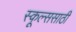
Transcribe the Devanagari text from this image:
स्कूल्ससाठी